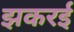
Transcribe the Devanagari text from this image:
झकरई